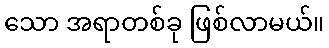
သော အရာတစ်ခု ဖြစ်လာမယ်။